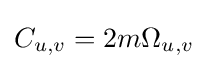
C_{u,v}=2m\Omega _{u,v}